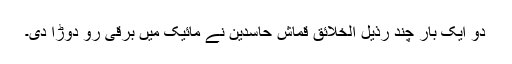
دو ایک بار چند رذیل الخلائق قماش حاسدین نے مائیک میں برقی رو دوڑا دی۔